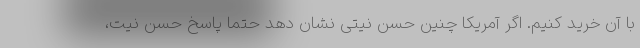
با آن خرید کنیم. اگر آمریکا چنین حسن نیتی نشان دهد حتما پاسخ حسن نیت،